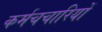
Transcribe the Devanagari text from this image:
कर्मचचारियों